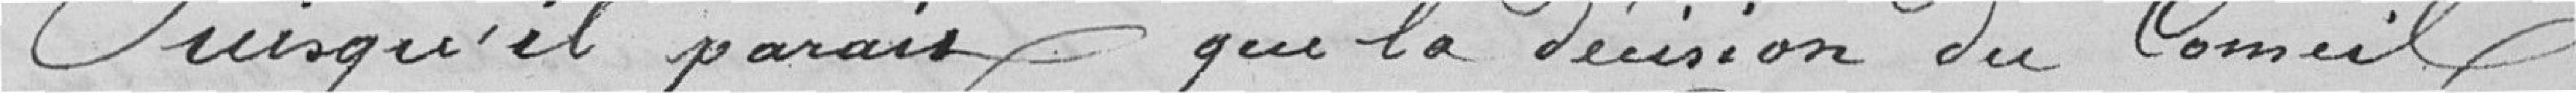
Puisqu'il parais que la Décision du Conseil